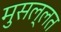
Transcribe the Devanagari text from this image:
मुसल्लत